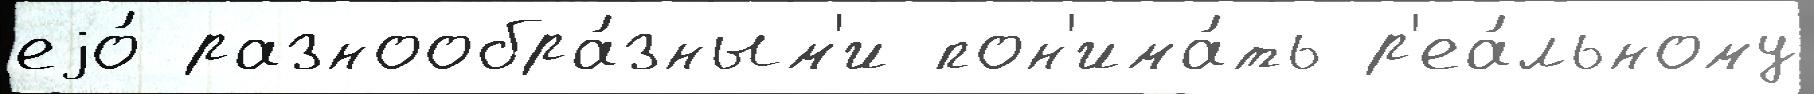
еjо́ разнообра́зным'и пон'има́ть р'еа́льному